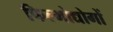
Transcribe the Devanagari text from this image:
फिल्मोद्योगों